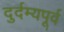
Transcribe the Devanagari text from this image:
दुर्दम्यपूर्व